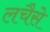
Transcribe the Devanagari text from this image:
लचैसे